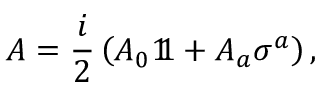
A = { \frac { i } { 2 } } \left( A _ { 0 } 1 \! \! 1 + A _ { a } \sigma ^ { a } \right) ,